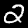
Digit: 2